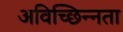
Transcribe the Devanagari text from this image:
अविच्छिन्नता